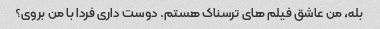
بله، من عاشق فیلم های ترسناک هستم. دوست داری فردا با من بروی؟